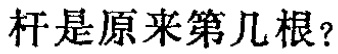
杆是原来第几根？